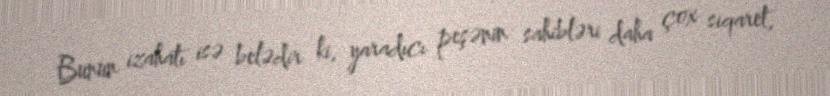
Bunun izahatı isə belədir ki, yaradıcı peşənin sahibləri daha çox siqaret,